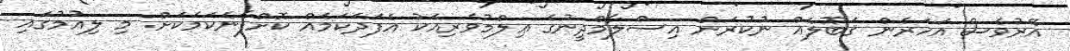
އޭރުވެސް އަހަރެން ޤަބޫލެއް ނުކުރަން އިސްލާމްދީނުގެ ޢިލްމުވެރިއަކު އެފަދަކަމެއް ކޮށްފާނެކަމަކަށް. މި ލިއުމުގައި